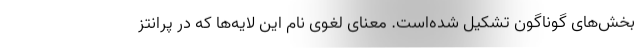
بخش‌های گوناگون تشکیل شده‌است. معنای لغوی نام این لایه‌ها که در پرانتز